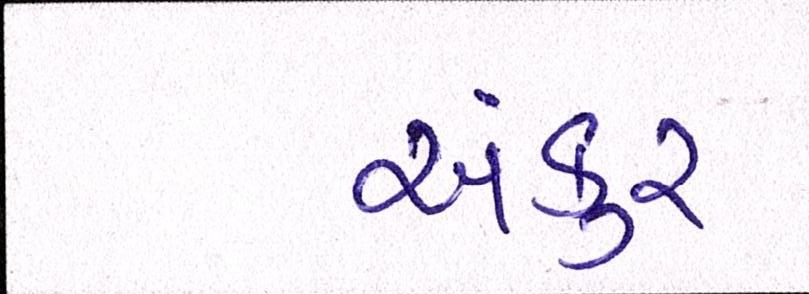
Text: અંકુર